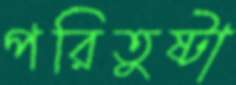
পরিতুষ্টা